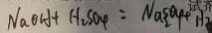
N a O H + H _ { 2 } S O _ { 4 } = N a \xi a _ { 4 } + H 2